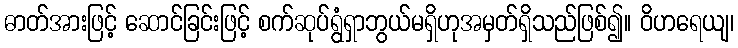
ဓာတ်အားဖြင့် ဆောင်ခြင်းဖြင့် စက်ဆုပ်ရွံရှာဘွယ်မရှိဟုအမှတ်ရှိသည်ဖြစ်၍။ ဝိဟရေယျ၊